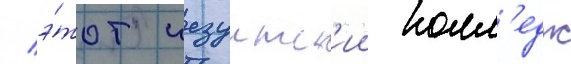
/ э́тот иезуитск'ии колл'едж